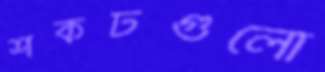
শকটগুলো